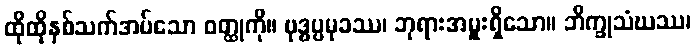
ထိုထိုနှစ်သက်အပ်သော ဝတ္ထုကို။ ဗုဒ္ဓပ္ပမုခဿ၊ ဘုရားအမှူးရှိသော။ ဘိက္ခုသံဃဿ၊